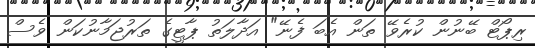
ރިޕޯޓް ބޭނުން ކުރެވޭ ތަން އެބަ ފެނޭ" އަދާލަތު ޕާޓީގެ ތަރުޖަމާނުކަން ވެސް